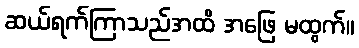
ဆယ်ရက်ကြာသည်အထိ အဖြေ မထွက်။